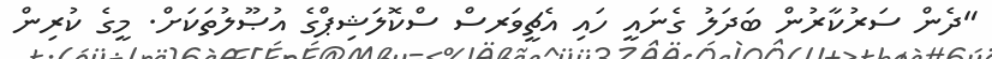
"ދެން ސަރުކާރުން ބަދަލު ގެނައީ ހައި އެޗީވަރސް ސްކޮލަޝިޕްގެ އުޞޫލުތަކަށް. މީގެ ކުރިން